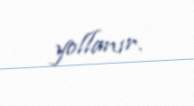
yollanır.